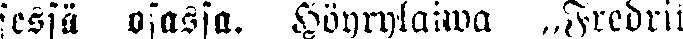
sessä osassa. .Höyrylaiwa „Fredrik